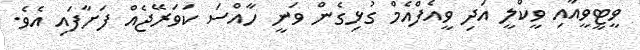
ވީޓީވީއާއި ވީކްލީ އަދި ވީއެފްއެމް ގުޅިގެން ވަނީ ހާއްސަ ކަވަރޭޖެއް ފަށާފައި އެވެ.